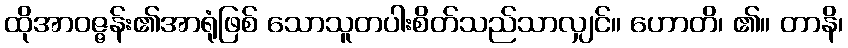
ထိုအာဝဇ္ဇန်း၏အာရုံဖြစ် သောသူတပါးစိတ်သည်သာလျှင်။ ဟောတိ၊ ၏။ တာနိ၊